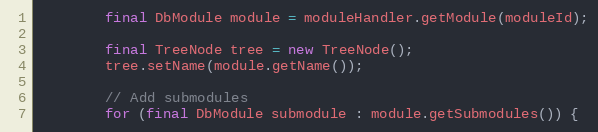
Language: Java
        final DbModule module = moduleHandler.getModule(moduleId);

        final TreeNode tree = new TreeNode();
        tree.setName(module.getName());

        // Add submodules
        for (final DbModule submodule : module.getSubmodules()) {